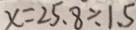
x = 2 5 . 8 \div 1 . 5